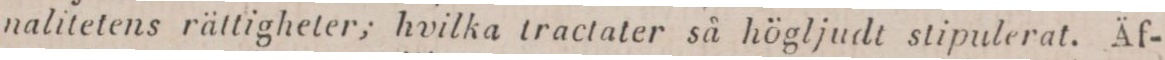
nalitetens rättigheter; hvilka tractater så högljudt stipulerat. Äf-